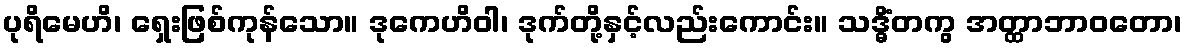
ပုရိမေဟိ၊ ရှေးဖြစ်ကုန်သော။ ဒုကေဟိဝါ၊ ဒုက်တို့နှင့်လည်းကောင်း။ သဒ္ဓိံတကွ အတ္ထာဘာဝတော၊